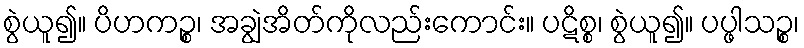
စွဲယူ၍။ ပိဟကဉ္စ၊ အချွဲအိတ်ကိုလည်းကောင်း။ ပဋိစ္စ၊ စွဲယူ၍။ ပပ္ဖါသဉ္စ၊